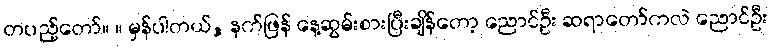
တပည့်တော်။ ။ မှန်ပါတယ်, နက်ဖြန် နေ့ဆွမ်းစားပြီးချိန်တော့ ညောင်ဦး ဆရာတော်ကလဲ ညောင်ဦး